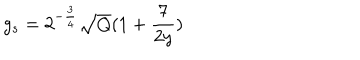
g _ { s } = 2 ^ { - \frac { 3 } { 4 } } \sqrt { Q } ( 1 + \frac { 7 } { 2 y } )